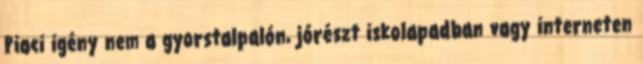
Piaci igény nem a gyorstalpalón, jórészt iskolapadban vagy interneten